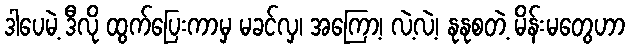
ဒါပေမဲ့ ဒီလို ထွက်ပြေးကာမှ မခင်လှ၊ အကြော့၊ လဲ့လဲ့၊ နုနုစတဲ့ မိန်းမတွေဟာ